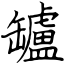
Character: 罏